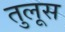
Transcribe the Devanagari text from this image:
तुलूस